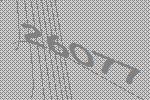
26077